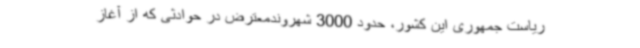
ریاست جمهوری این کشور، حدود 3000 شهروندمعترض در حوادثی که از آغاز